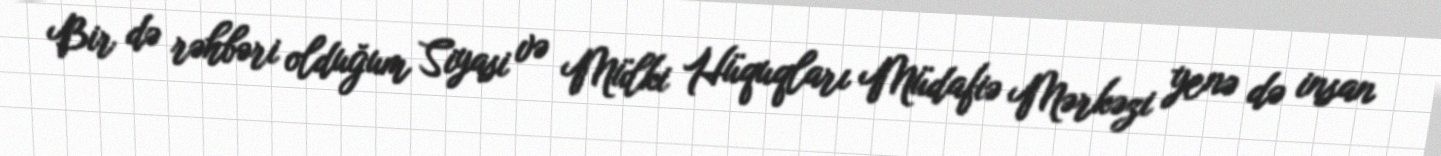
Bir də rəhbəri olduğum Siyasi və Mülki Hüquqları Müdafiə Mərkəzi yenə də insan